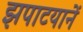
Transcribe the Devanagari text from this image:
झपाटयानें